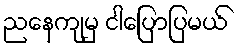
ညနေကျမှ ငါပြောပြမယ်